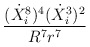
\begin{align*}\frac{(\dot{X}^{8}_{i})^{4}(\dot{X}^{3}_{i})^{2}}{R^{7}r^{7}}\end{align*}